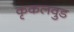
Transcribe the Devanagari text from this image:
कृकलवुड